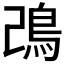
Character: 𩾠